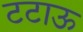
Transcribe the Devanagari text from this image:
टटाऊ